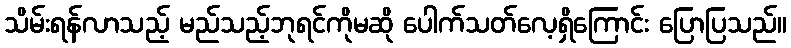
သိမ်းရန်လာသည့် မည်သည့်ဘုရင်ကိုမဆို ပေါက်သတ်လေ့ရှိကြောင်း ပြောပြသည်။